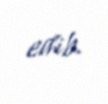
edib.